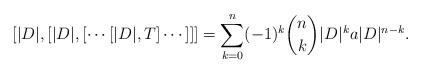
LaTeX: \begin{align*} [|D|,[|D|,[\cdots [|D|,T]\cdots]]] = \sum_{k=0}^n (-1)^k \binom{n}{k}|D|^ka|D|^{n-k}. \end{align*}